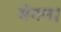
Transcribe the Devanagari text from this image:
मेनन।